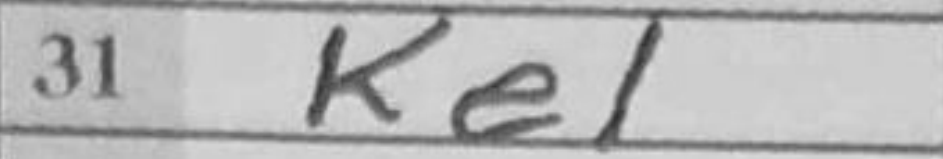
Transcription: Ke1